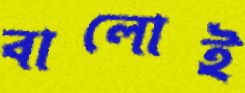
বালোই